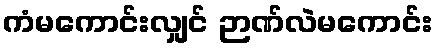
ကံမကောင်းလျှင် ဉာဏ်လဲမကောင်း